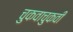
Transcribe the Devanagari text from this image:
चुकवाचुकवी